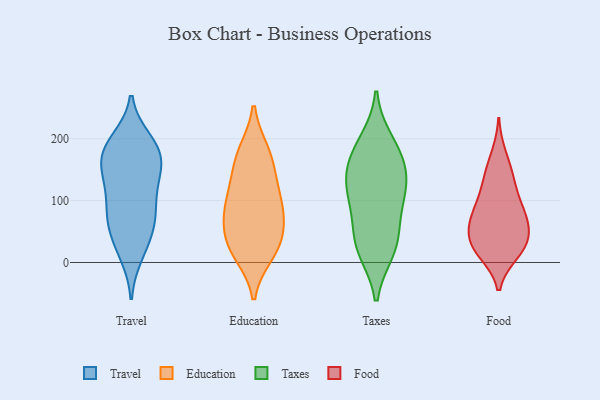
{"axis": {"x": "Customer Acquisition Cost (USD)", "y": "Value"}, "legend": ["Education", "Food", "Taxes", "Travel"], "data": [{"x": "", "y": 105, "type": "Travel"}, {"x": "", "y": 106, "type": "Travel"}, {"x": "", "y": 198, "type": "Travel"}, {"x": "", "y": 19, "type": "Travel"}, {"x": "", "y": 153, "type": "Travel"}, {"x": "", "y": 73, "type": "Travel"}, {"x": "", "y": 169, "type": "Travel"}, {"x": "", "y": 129, "type": "Travel"}, {"x": "", "y": 198, "type": "Travel"}, {"x": "", "y": 173, "type": "Travel"}, {"x": "", "y": 63, "type": "Travel"}, {"x": "", "y": 12, "type": "Travel"}, {"x": "", "y": 51, "type": "Travel"}, {"x": "", "y": 55, "type": "Travel"}, {"x": "", "y": 185, "type": "Travel"}, {"x": "", "y": 81, "type": "Travel"}, {"x": "", "y": 179, "type": "Travel"}, {"x": "", "y": 139, "type": "Travel"}, {"x": "", "y": 155, "type": "Travel"}, {"x": "", "y": 15, "type": "Education"}, {"x": "", "y": 152, "type": "Education"}, {"x": "", "y": 79, "type": "Education"}, {"x": "", "y": 27, "type": "Education"}, {"x": "", "y": 119, "type": "Education"}, {"x": "", "y": 178, "type": "Education"}, {"x": "", "y": 25, "type": "Education"}, {"x": "", "y": 107, "type": "Education"}, {"x": "", "y": 175, "type": "Education"}, {"x": "", "y": 84, "type": "Education"}, {"x": "", "y": 40, "type": "Education"}, {"x": "", "y": 73, "type": "Education"}, {"x": "", "y": 72, "type": "Taxes"}, {"x": "", "y": 195, "type": "Taxes"}, {"x": "", "y": 122, "type": "Taxes"}, {"x": "", "y": 27, "type": "Taxes"}, {"x": "", "y": 107, "type": "Taxes"}, {"x": "", "y": 145, "type": "Taxes"}, {"x": "", "y": 20, "type": "Taxes"}, {"x": "", "y": 33, "type": "Taxes"}, {"x": "", "y": 177, "type": "Taxes"}, {"x": "", "y": 165, "type": "Taxes"}, {"x": "", "y": 117, "type": "Taxes"}, {"x": "", "y": 98, "type": "Food"}, {"x": "", "y": 120, "type": "Food"}, {"x": "", "y": 18, "type": "Food"}, {"x": "", "y": 174, "type": "Food"}, {"x": "", "y": 84, "type": "Food"}, {"x": "", "y": 48, "type": "Food"}, {"x": "", "y": 36, "type": "Food"}, {"x": "", "y": 136, "type": "Food"}, {"x": "", "y": 75, "type": "Food"}, {"x": "", "y": 21, "type": "Food"}, {"x": "", "y": 49, "type": "Food"}, {"x": "", "y": 15, "type": "Food"}, {"x": "", "y": 145, "type": "Food"}, {"x": "", "y": 27, "type": "Food"}, {"x": "", "y": 69, "type": "Food"}, {"x": "", "y": 73, "type": "Food"}]}